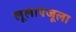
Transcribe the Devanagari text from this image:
लूलापजूला